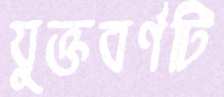
যুক্তবর্ণটি